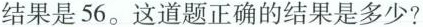
结果是56。这道题正确的结果是多少?